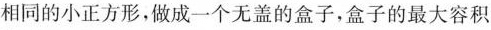
相同的小正方形，做成一个无盖的盒子，盒子的最大容积